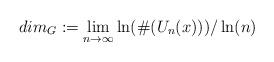
LaTeX: \begin{align*}dim_G:=\lim_{n\to\infty}\ln(\#(U_n(x)))/\ln(n)\end{align*}